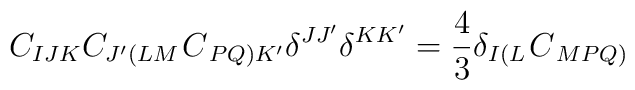
C_{IJK}C_{J^{\prime }\left( LM\right. }C_{\left. PQ\right) K^{\prime}}\delta ^{JJ^{\prime }}\delta ^{KK^{\prime }}=\frac{4}{3}\delta _{I\left(L\right. }C_{\left. MPQ\right) }